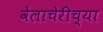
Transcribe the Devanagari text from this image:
वेलाचेरीच्या